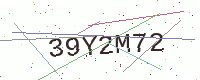
Text: 39Y2M72